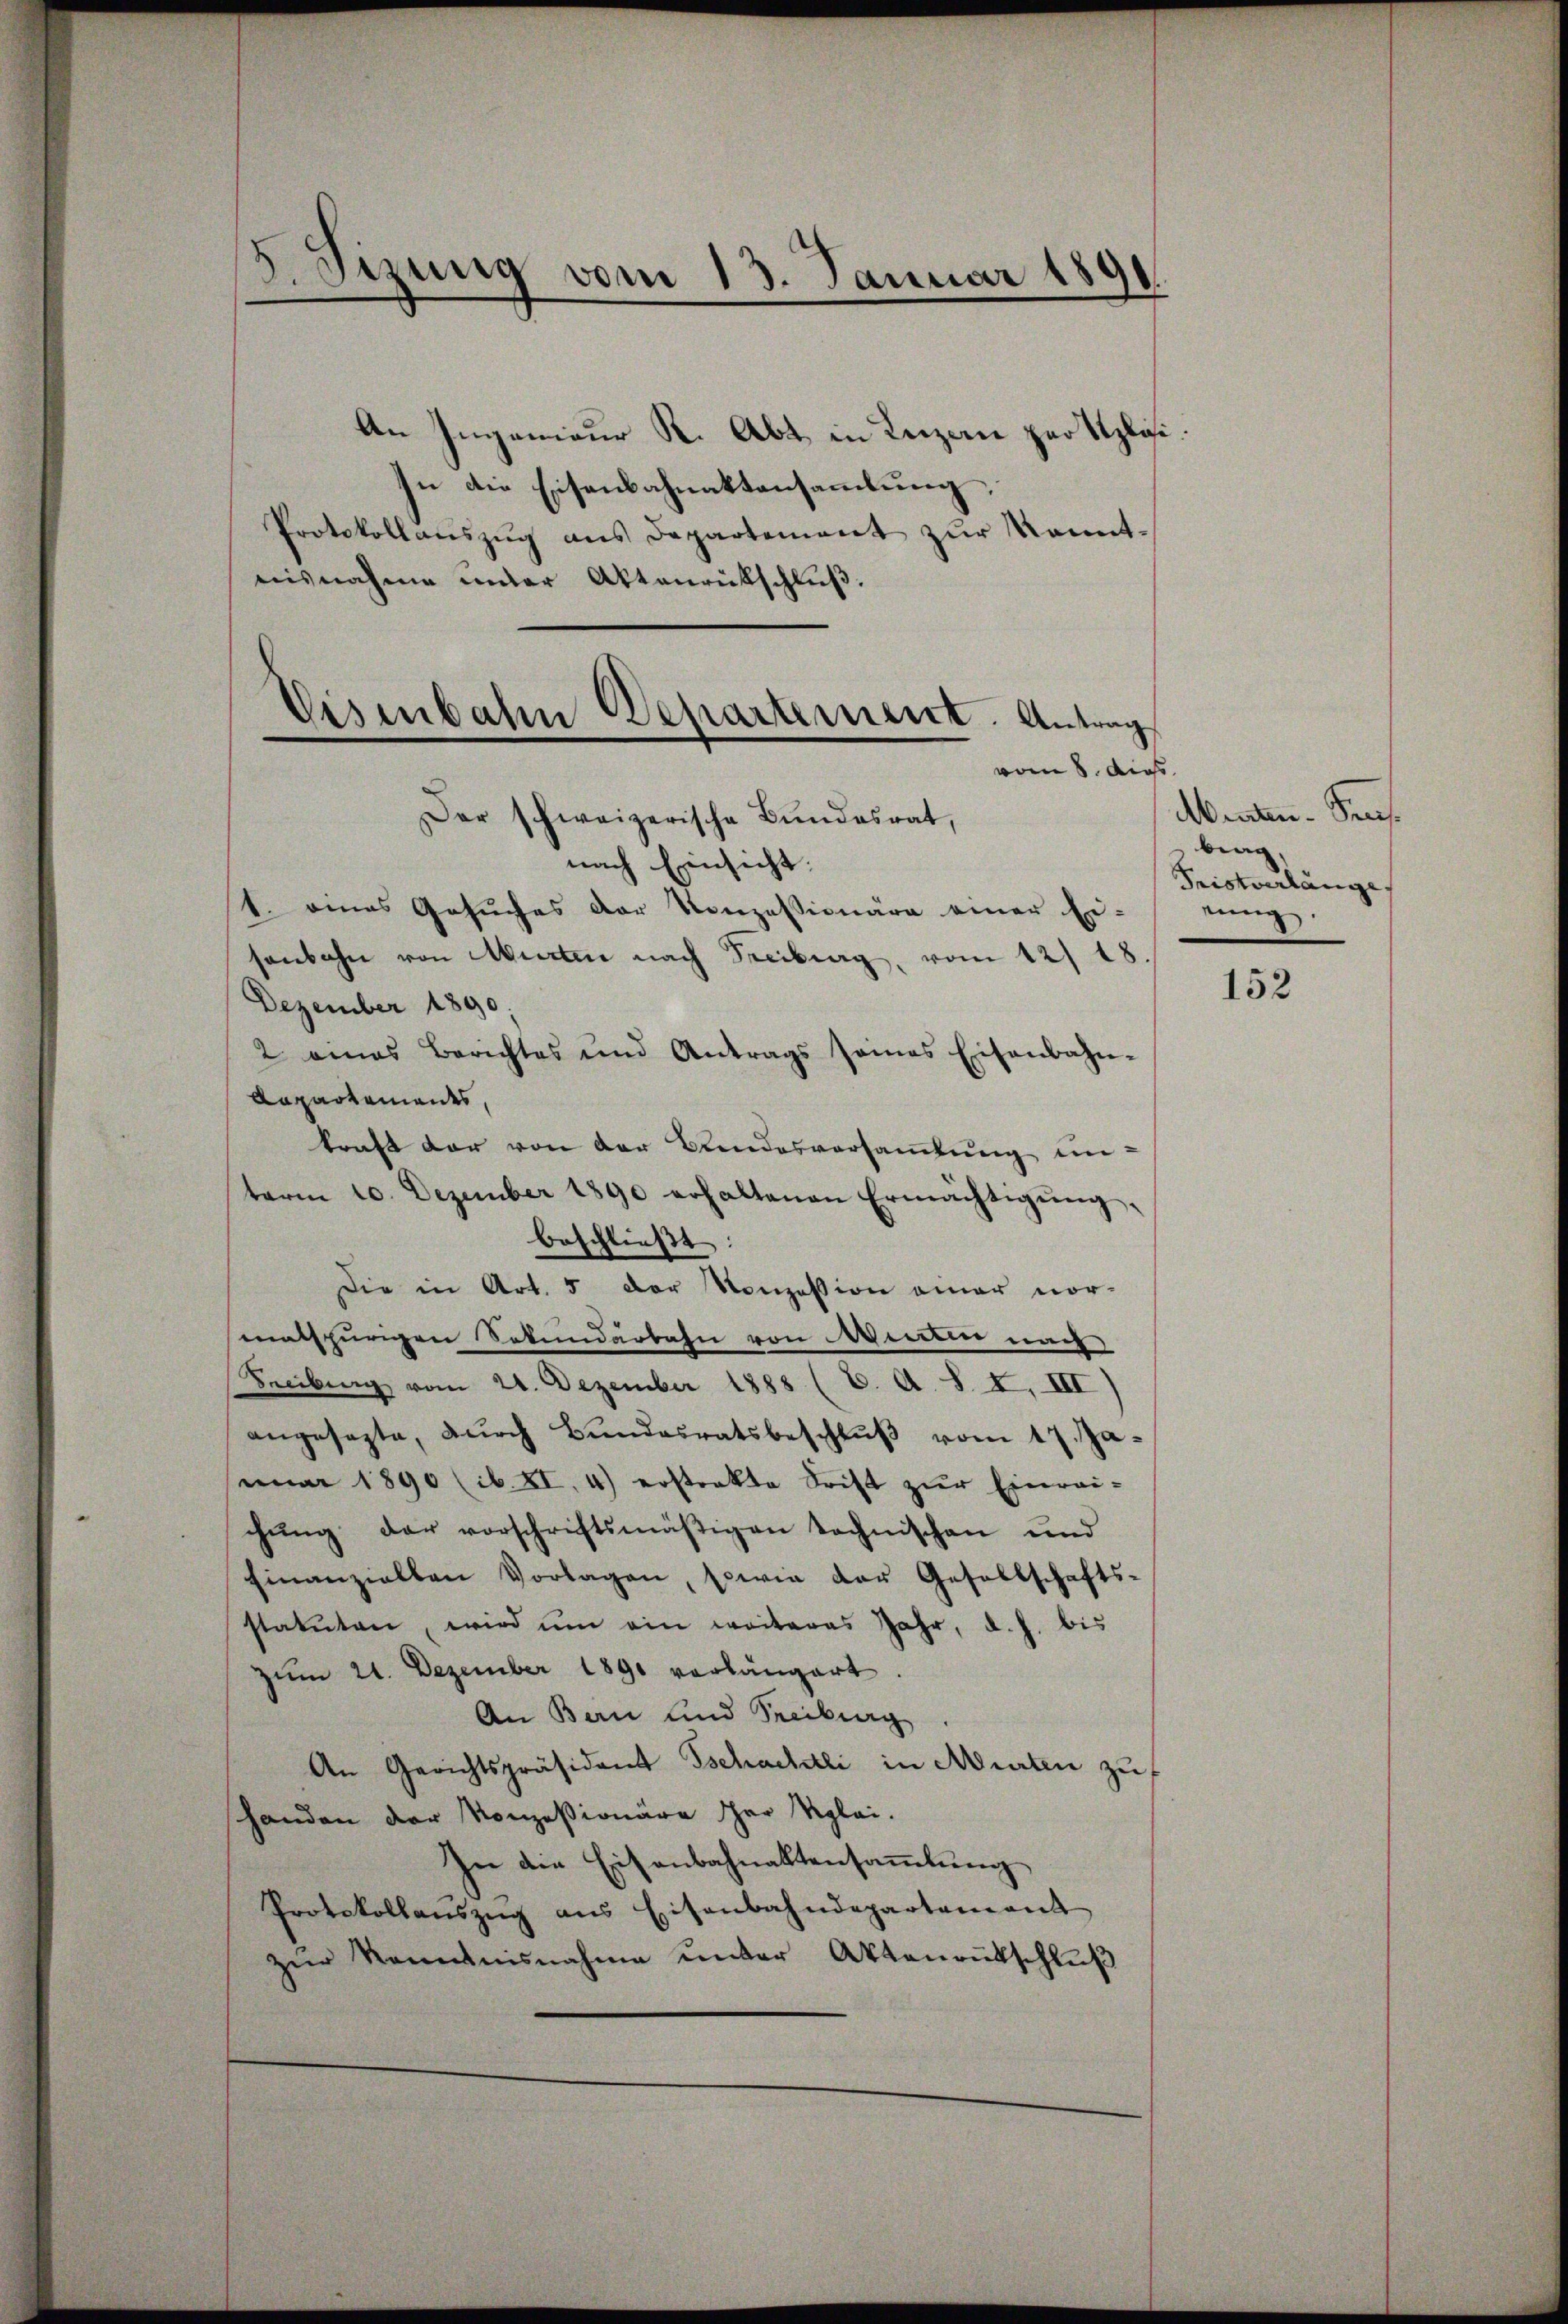
.
Sirung vom 13. Januar 1890.
d

An Ingenieur K. Abt in Luzern zur Sposi¬
In die Eisenbahnaktensamlung,
Protokollaŭszŭg ans Departement zŭr Kennt-
aisnahme unter Aktenrückschluß.
Eisenbahn Departement. Antrag

vom 8. dies

Der schweizerische Bŭndesrat,
nach Einsicht:
1. eines Gesuches der Konzessionäre einer Ei-
senbahn von Murten nach Freiburg, vom 12/ 18.
Dezember 1890.
2 eines Berichtes und Antrags seines Eisenbahn-
Repartemendes,
kraft der von der Blindesversamlung un-
term 10. Dezember 1890 erhaltenen Ermächtigŭng,
beschließt:
Die in Art. 5 der Konzession einer vor-
malspurigen Sekundarbahn von Werden nach
Freibung vom 21. Dezember 1885 (C. A. S. X. III
angesagte, durch Bundesratsbeschlŭβ vom 17. Jamar 1890 (ib. XI. 4) erstrakte Frist zŭr Einrei-
chŭng der vorschriftsmäβigen technischen und
finanziellen Vorlagen, sowie der Gesellschafts-
statuten, wird ŭm ein weiteres Jahr, d. h. bis
zŭm 21. Dezember 1890 vorlängert.
An Bau und Freiburg
An Gerichtspräsident Tschachli in Murten zuf
handen der Konzessionäre der Reglei-
In die Eisenbahnaktensammlung
Protokollaŭszŭg ans Eisenbahndepartement
zŭr Kenntnisnahme ŭnter Aktenantschlŭβ

Menten- Praes.
brag
Tristverlänge.
tung.

152